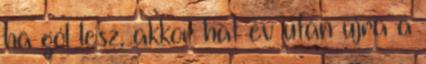
ha gól lesz, akkor hat év után újra a